Leaving Certificate Examination (including Day School Certificate (Higher) General paper), 1931
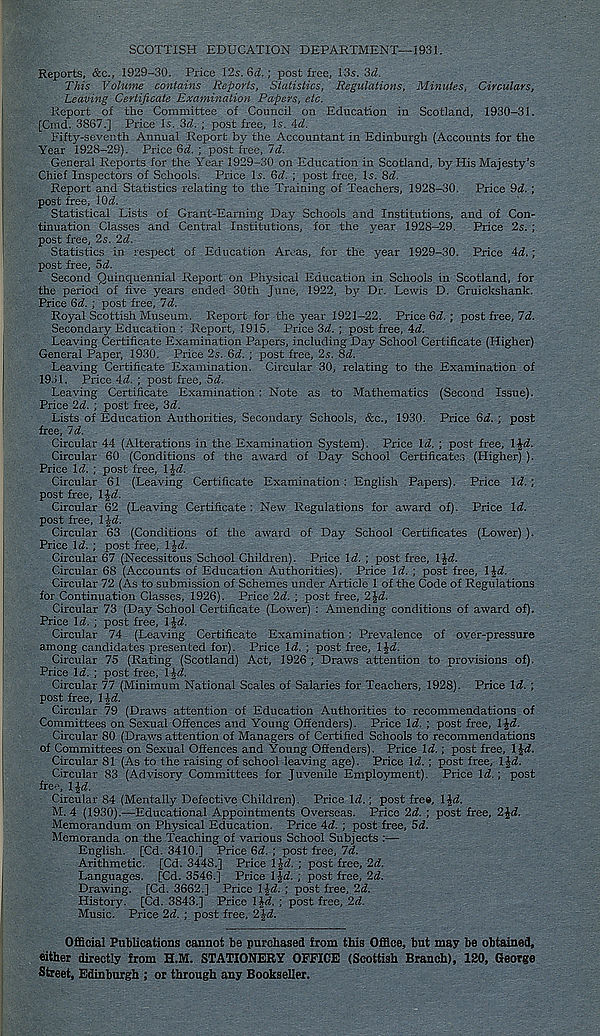
SCOTTISH EDUCATION DEPARTMENT—1931.
Reports, &c., 1929-30. Price 12s. 6a!.; post free, 13s. 3d.
This Volume contains Reports, Statistics, Regulations, Minutes, Circulars,
Leaving Certificate Examination Papers, etc.
Report of the Committee of Council on Education in Scotland, 1930-31.
[Cmd. 3867.] Price Is. 3d. ; post free, Is. Ad.
Fifty-seventh Annual Report by the Accountant in Edinburgh (Accounts for the
Year 1928-29). Price 6d. ; post free, Id.
General Reports for the Year 1929-30 on Education in Scotland, by His Majesty’s
Chief Inspectors of Schools. Price Is. 6d. ; post free. Is. 8d.
Report and Statistics relating to the Training of Teachers, 1928-30. Price 9d. ;
post free, lOd.
Statistical Lists of Grant-Earning Day Schools and Institutions, and of Con-
tinuation Classes and Central Institutions, for the year 1928-29. Price 2s. ;
post free, 2s. 2d.
Statistics in respect of Education Areas, for the year 1929-30. Price Ad. ;
post free, 5d.
Second Quinquennial Report on Physical Education in Schools in Scotland, for
the period of five years ended 30th June, 1922, by Dr. Lewis D. Cruickshank.
Price 6d. ; post free, 7d.
Royal Scottish Museum. Report for the year 1921-22. Price 6d. ; post free, 7d.
Secondary Education : Report, 1915. Price 3d. ; post free, id.
Leaving Certificate Examination Papers, including Day School Certificate (Higher)
General Paper, 1930. Price 2s. 6d. ; post free, 2s. 8d.
Leaving Certificate Examination. Circular 30, relating to the Examination of
1911. Price Ad. ; post free, 5d.
Leaving Certificate Examination : Note as to Mathematics (Second Issue).
Price 2d. ; post free, 3d.
Lists of Education Authorities, Secondary Schools, &c., 1930. Price 6d. ; post
free, 7d.
Circular 44 (Alterations in the Examination System). Price Id. ; post free, lid.
Circular 60 (Conditions of the award of Day School Certificates (Higher) ).
Price Id. ; post free, l£d.
Circular 61 (Leaving Certificate Examination: English Papers). Price Id. ;
post free, IJd.
Circular 62 (Leaving Certificate : New Regulations for award of). Price Id.
post free, l|-d.
Circular 63 (Conditions of the award of Day School Certificates (Lower) ).
Price Id. ; post free, IJd.
Circular 67 (Necessitous School Children). Price Id. ; post free, IJd.
Circular 68 (Accounts of Education Authorities). Price Id. ; post free, IJd.
Circular 72 (As to submission of Schemes under Article 1 of the Code of Regulations
for Continuation Classes, 1926). Price 2d. ; post free, 2|d.
Circular 73 (Day School Certificate (Lower) : Amending conditions of award of).
Price Id. ; post free, IJd.
Circular 74 (Leaving Certificate Examination : Prevalence of over-pressure
among candidates presented for). Price Id. ; post free, IJd.
Circular 75 (Rating (Scotland) Act, 1926 ; Draws attention to provisions of).
Price Id. ; post free, IJd.
Circular 77 (Minimum National Scales of Salaries for Teachers, 1928). Price Id. ;
post free, IJd.
Circular 79 (Draws attention of Education Authorities to recommendations of
Committees on Sexual Offences and Young Offenders). Price Id. ; post free, IJd.
Circular 80 (Draws attention of Managers of Certified Schools to recommendations
of Committees on Sexual Offences and Young Offenders). Price Id.; post free, 1 Jd.
Circular 81 (As to the raising of school leaving age). Price Id. ; post free, 1 Jd.
Circular 83 (Advisory Committees for Juvenile Employment). Price Id.; post
free, l£d.
Circular 84 (Mentally Defective Children). Price Id.; post fre#, IJd.
M. 4 (1930).—Educational Appointments Overseas. Price 2d. ; post free, 2Jd.
Memorandum on Physical Education. Price 4d. ; post free, 5d.
Memoranda on the Teaching of various School Subjects ;—
English. [Cd. 3410.] Price 6d. ; post free, 7d.
Arithmetic. [Cd. 3448.] Price lid. ; post free, 2d.
Languages. [Cd. 3546.] Price l|d. ; post free, 2d.
Drawing. [Cd. 3662.] Price IJd. ; post free, 2d.
History. [Cd. 3843.] Price IJd. ; post free, 2d.
Music. Price 2d. ; post free, 2J-d.
Official Publications cannot be purchased from this Office, but may be obtained,
either directly from H.M. STATIONERY OFFICE (Scottish Branch), 120, George
Street, Edinburgh ; or through any Bookseller.